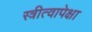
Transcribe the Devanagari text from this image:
स्त्रीत्वापेक्षा